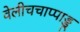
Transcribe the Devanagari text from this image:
वेलीचचाप्पाड्डू